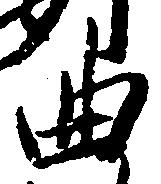
曲